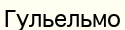
Гульельмо